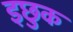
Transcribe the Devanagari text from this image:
इछुक